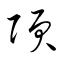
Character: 項